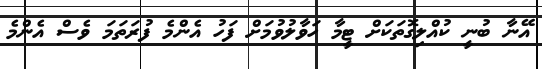
އޭނާ ބުނީ ކުއްލިގޮތަކަށް ޓީމާ ހަވާލުވުމަށް ފަހު އެންމެ ފުރަތަމަ ވެސް އެންމެ